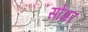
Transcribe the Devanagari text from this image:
सोअर